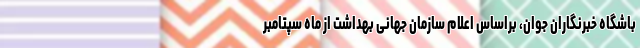
باشگاه خبرنگاران جوان، براساس اعلام سازمان جهانی بهداشت از ماه سپتامبر